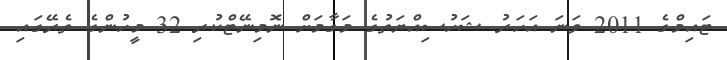
ޓައިމްގެ 2011 ވަނަ އަހަރު ޝަހުސިއްޔަތުގެ މަގާމަށް ނޮމިނޭޓްކުރި 32 މީހުންގެ ތެރޭގައި